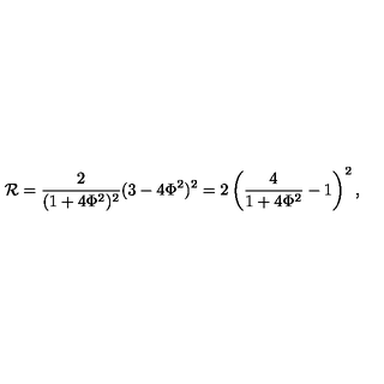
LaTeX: { \cal R } = { \frac 2 { ( 1 + 4 \Phi ^ { 2 } ) ^ { 2 } } } ( 3 - 4 \Phi ^ { 2 } ) ^ { 2 } = 2 \left( { \frac 4 { 1 + 4 \Phi ^ { 2 } } - 1 } \right) ^ { 2 } ,